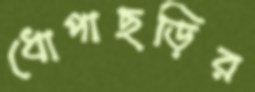
ধোপাছড়ির